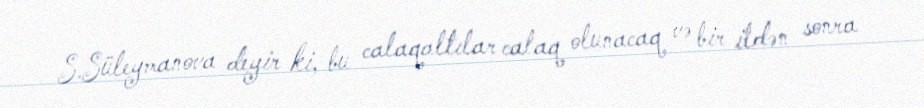
S.Süleymanova deyir ki, bu calaqaltılar calaq olunacaq və bir ildən sonra